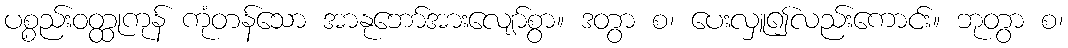
ပစ္စည်းဝတ္ထုကုန် ကုံတန်သော အာနုဘော်အားလျော်စွာ။ ဒတွာ စ၊ ပေးလှူ၍လည်းကောင်း။ ဘုတွာ စ၊